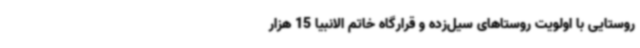
روستایی با اولویت روستاهای سیل‌زده و قرارگاه خاتم الانبیا 15 هزار